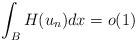
LaTeX: \begin{align*}\int_B H(u_n)dx = o(1)\end{align*}